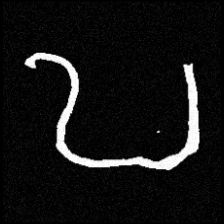
Pyu character \u2014 Myanmar letter: ဎ (romanized: ddha)